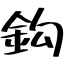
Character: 鈎